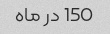
150 در ماه